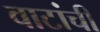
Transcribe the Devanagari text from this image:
वाटांची